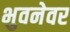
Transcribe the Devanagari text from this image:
भुवनेवर